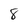
Character: 8